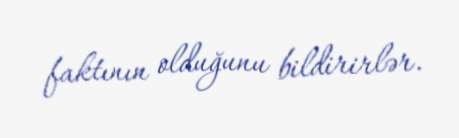
faktının olduğunu bildirirlər.